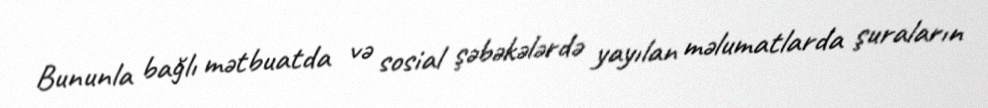
Bununla bağlı mətbuatda və sosial şəbəkələrdə yayılan məlumatlarda şuraların